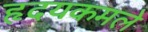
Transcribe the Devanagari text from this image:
हृदयकमले